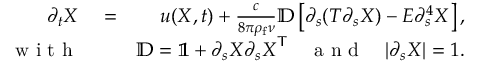
\begin{array} { r l r } { \partial _ { t } { \ensuremath \boldsymbol { X } } } & { { } = } & { { \ensuremath \boldsymbol { u } } ( { \ensuremath \boldsymbol { X } } , t ) + \frac { c } { 8 \pi \rho _ { \mathrm { f } } \nu } \mathbb { D } \left[ \partial _ { s } ( T \partial _ { s } { \ensuremath \boldsymbol { X } } ) - E \partial _ { s } ^ { 4 } { \ensuremath \boldsymbol { X } } \right] , } \\ { \mathrm { ~ w ~ i ~ t ~ h ~ } } & { { } } & { \mathbb { D } = \mathbb { 1 } + \partial _ { s } { \ensuremath \boldsymbol { X } } \partial _ { s } { \ensuremath \boldsymbol { X } } ^ { \mathsf { T } } \quad \mathrm { ~ a ~ n ~ d ~ } \quad | \partial _ { s } { \ensuremath \boldsymbol { X } } | = 1 . } \end{array}